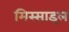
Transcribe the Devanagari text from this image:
मिस्साइल